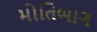
મોતિબાગ